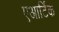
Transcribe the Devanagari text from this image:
एआर्टिक